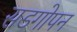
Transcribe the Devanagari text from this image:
सडगोपन